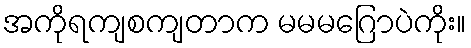
အကိုရကျစကျတာက မမမဂြောပဲကိုး။